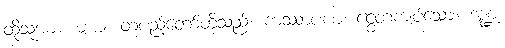
ထိုသူအား။ မယံ၊ တပည့်တော်တို့သည်။ ကဿာပဏံ၊ ငွေတကျပ်သော။ ဒဏ္ဍံ၊